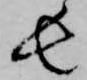
長